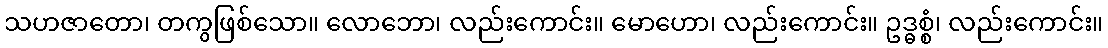
သဟဇာတော၊ တကွဖြစ်သော။ လောဘော၊ လည်းကောင်း။ မောဟော၊ လည်းကောင်း။ ဥဒ္ဓစ္စံ၊ လည်းကောင်း။